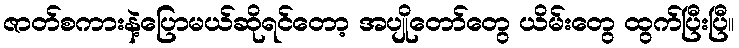
ဇာတ်စကားနဲ့ပြောမယ်ဆိုရင်တော့ အပျိုတော်တွေ ယိမ်းတွေ ထွက်ပြီးပြီ။